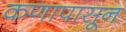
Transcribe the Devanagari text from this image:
कणापासून